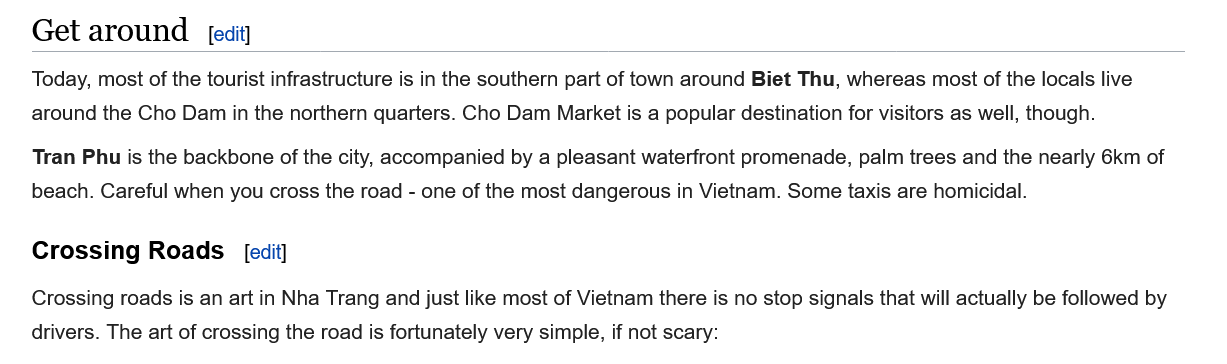
Get  around
   Crossing   Roads
   Today, most of the tourist infrastructure is in the southern part of town around Biet Thu, whereas most of the locals live
   around the Cho Dam in the northern quarters. Cho Dam Market is a popular destination for visitors as well, though.
   Tran Phu is the backbone of the city, accompanied by a pleasant waterfront promenade, palm trees and the nearly 6km of
   beach. Careful when you cross the road
     - one of the most dangerous in Vietnam. Some taxis are homicidal.
   Crossing roads is an art in Nha Trang and just like most of Vietnam there is no stop signals that will actually be followed by
   drivers. The art of crossing the road is fortunately very simple, if not scary:
     [edit]
     [edit]